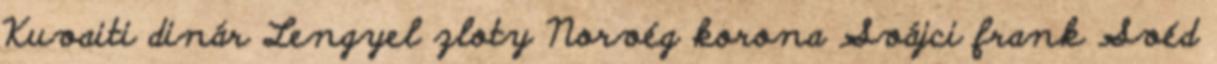
Kuvaiti dinár Lengyel zloty Norvég korona Svájci frank Svéd